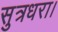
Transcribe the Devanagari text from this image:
सुत्रधरा।